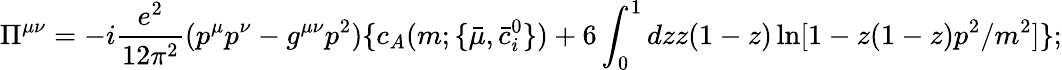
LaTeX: \Pi^{\mu\nu}=-i\frac{e^{2}}{12\pi^{2}}(p^{\mu}p^{\nu}-g^{\mu\nu}p^{2})\{ c_{A}(m;\{ {\bar{\mu}},{\bar{c}}_{i}^{0}\} )+6\int_{0}^{1}dzz(1-z)\ln[1-z(1-z)p^{2}/m^{2}]\} ;